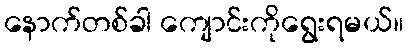
နောက်တစ်ခါ ကျောင်းကိုရွေးရမယ်။